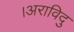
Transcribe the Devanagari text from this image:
।अराविदु